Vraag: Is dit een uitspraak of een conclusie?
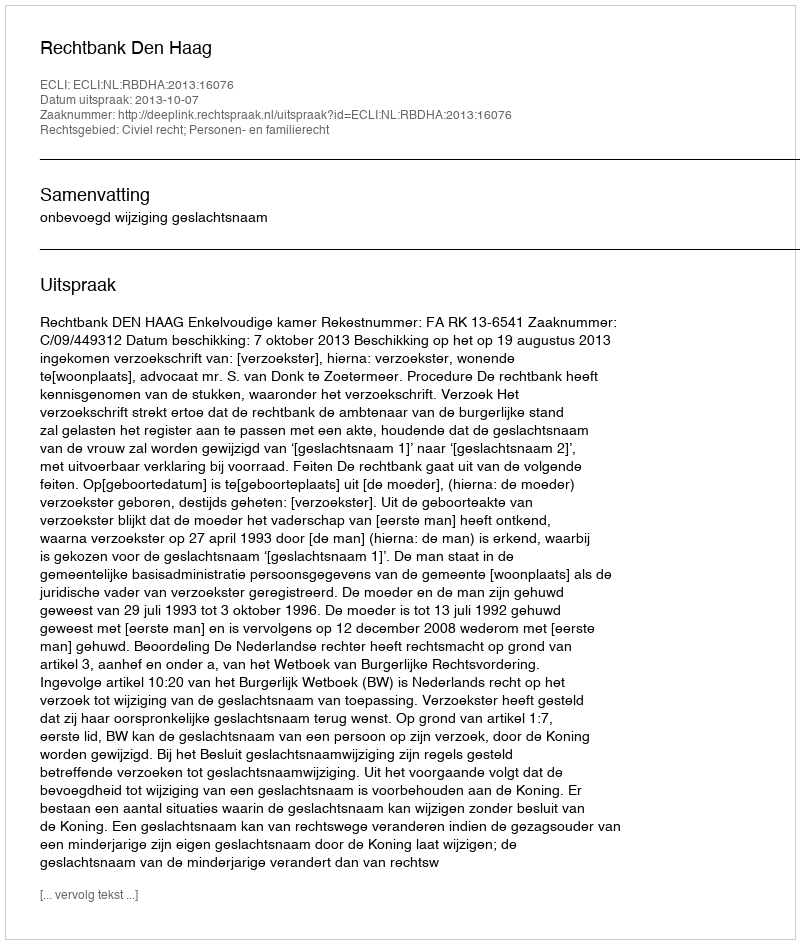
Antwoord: Uitspraak